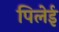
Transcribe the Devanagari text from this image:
पिलेई